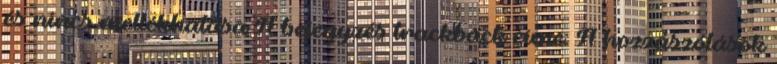
és nincs mellékhatása A bejegyzés trackback címe: A hozzászólások